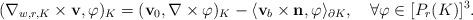
LaTeX: \begin{align*}(\nabla_{w,r,K} \times \textbf{v},\varphi)_K=(\textbf{v}_0,\nabla\times \varphi)_K-\langle \textbf{v}_{b}\times\textbf{n},\varphi\rangle_{\partial K}, \quad\forall\varphi\in [P_r(K)]^3.\end{align*}